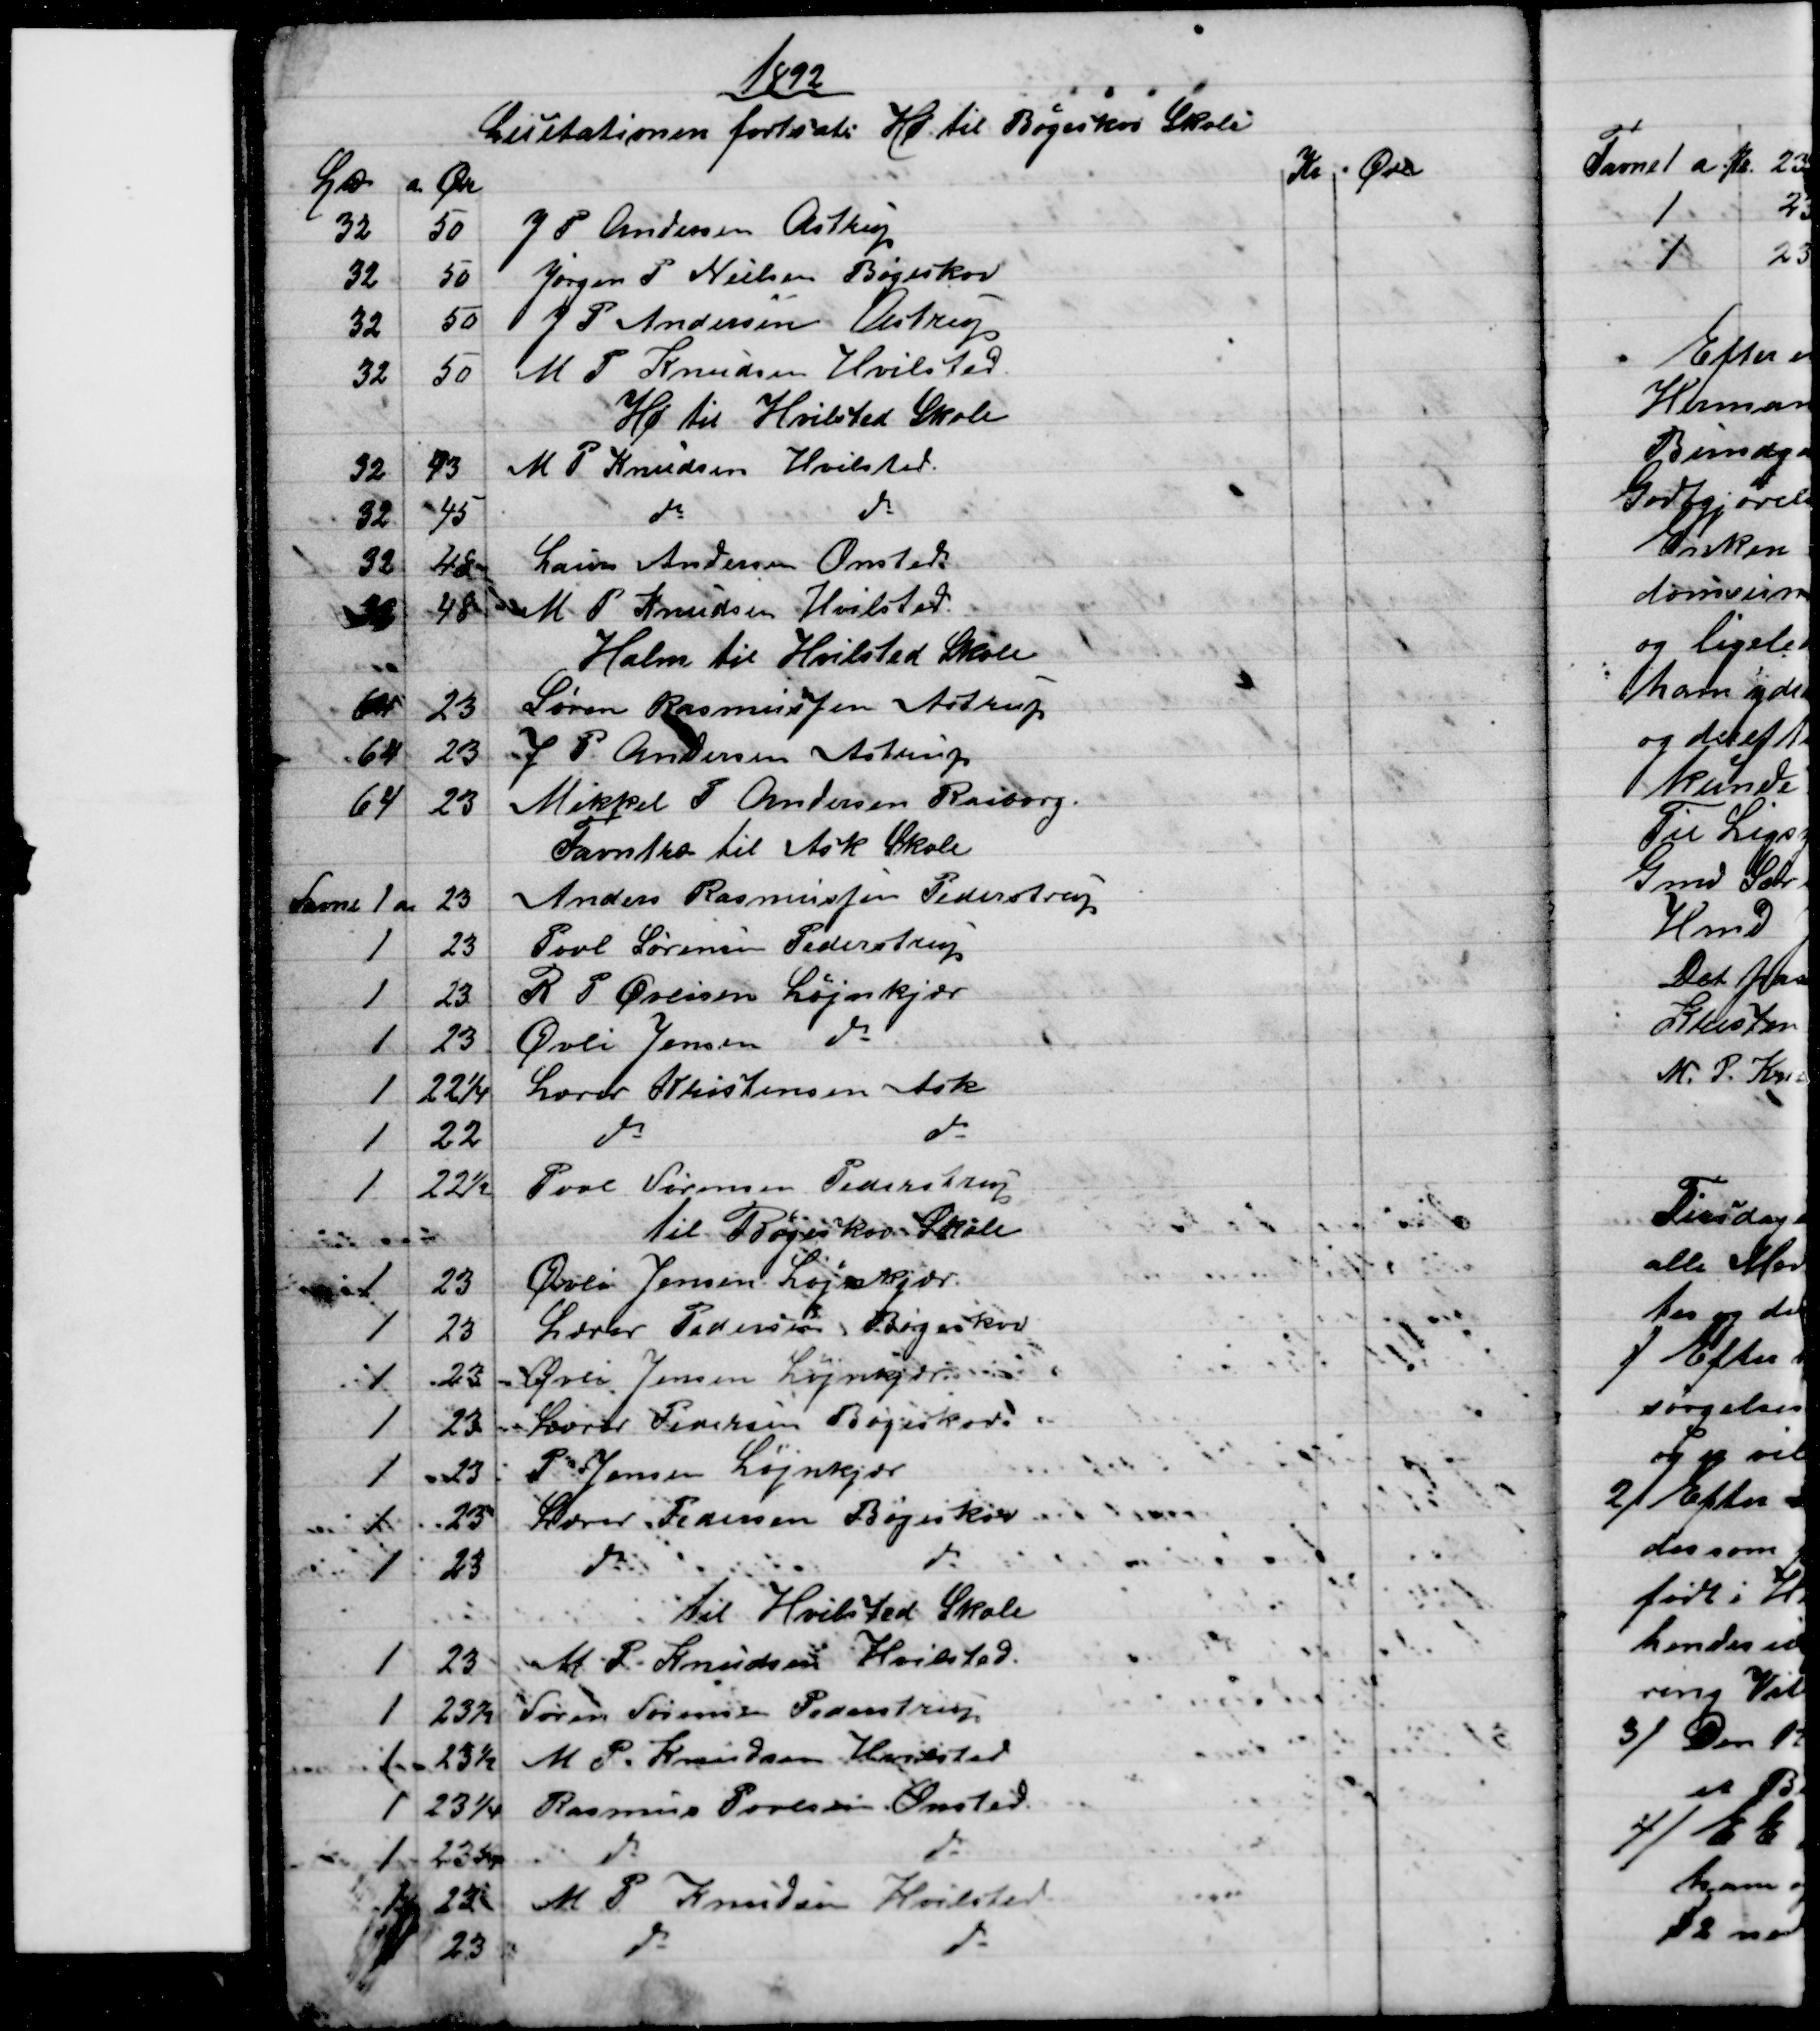
Transskription:
1892
Licitationen fortsats Hø til Bøgeskov Skole
L℔
a Ør
Kr Øre
32
50
J P Andersen Astrup
32
50
Jørgen P Nielsen Bøgeskov
32
50
J P Andersen Astrup
32
50
M P Knudsen Hvilsted.
Hø til Hvilsted Skole
32
43
M P Knudsen Hvilsted.
32
45
do 
do
32
48
Laurs Andersen Onsted
32
48
M P Knudsen Hvilsted.
Halm til Hvilsted Skole
64
23
Søren Rasmussen Astrup
64
23
J P Andersen Astrup
64
23
Mikkel P Andersen Rasborg.
Favntræ til Ask Skole
Favne 1 a
23
Anders Rasmussen Pederstrup
1
23
Povl Sørensen Pederstrup
1
23
R P Øvlisen Løjnkjær
1
23
Øvli Jensen do
1
22¼
Lærer Kristensen Ask
1
22
do 
do
1
22½
Povl Sørensen, Pederstrup
til Bøjeskov Skole
1
23
Øvli Jensen, Løjnkjær.
1
23
Lærer Pedersen Bøgeskov
1
23
Øvli Jensen Løjnkjær
1
23
Lærer Pedersen Bøgeskov
1
23
P Jensen Løjnkjær
1
23
Lærer Pedersen Bøgeskov
1
23
do
do
til Hvilsted Skole
1
23
M P Knudsen Hvilsted.
1
23½
Søren Sørensen Pederstrup
1
23½
M P. Knudsen Hvilsted
1
23¼
Rasmus Povlsen Onsted.
1
23¼
do
do
1
23 
M P Knudsen Hvilsted
1
23
do
do